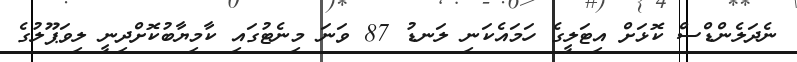
ނެދަލެންޑްސް ކޮޅަށް އިޓަލީގެ ހަމައެކަނި ލަނޑު 87 ވަނަ މިނެޓުގައި ކާމިޔާބުކޮށްދިނީ ލިވަޕޫލުގެ